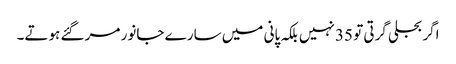
اگر بجلی گرتی تو 35 نہیں بلکہ پانی میں سارے جانور مر گئے ہوتے۔